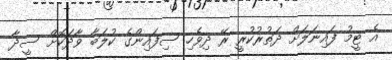
އެ ޓީމު ފައިނަލަށް ދަތުރުކުރީ ރޭ ދިވެހި ސިފައިންގެ ކުލަބާ ވާދަކޮށް ސީދާ